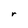
Character: r